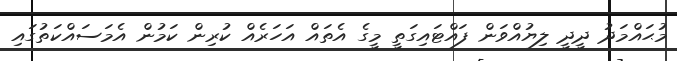
މުޙައްމަދު ދީދީ ލިޔުއްވަން ފައްޓައިގަތީ މީގެ އެތައް އަހަރެއް ކުރިން ކަމުން އެމަސައްކަތުގައި